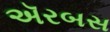
ઍરબસ